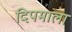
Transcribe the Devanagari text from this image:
दिपमाला